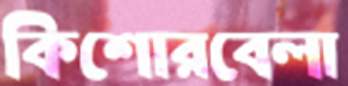
কিশোরবেলা